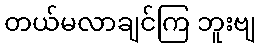
တယ်မလာချင်ကြ ဘူးဗျ